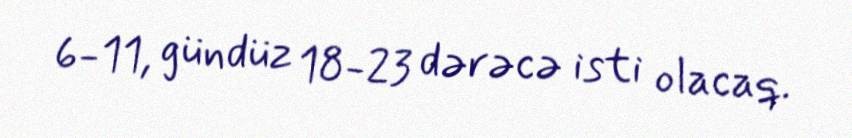
6-11, gündüz 18-23 dərəcə isti olacaq.